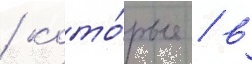
/ кото́рые / в